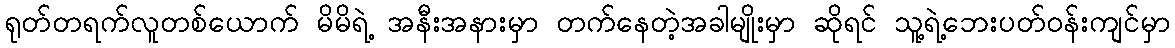
ရုတ်တရက်လူတစ်ယောက် မိမိရဲ့ အနီးအနားမှာ တက်နေတဲ့အခါမျိုးမှာ ဆိုရင် သူ့ရဲ့ဘေးပတ်ဝန်းကျင်မှာ